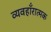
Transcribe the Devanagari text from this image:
व्यवहाँरात्मक